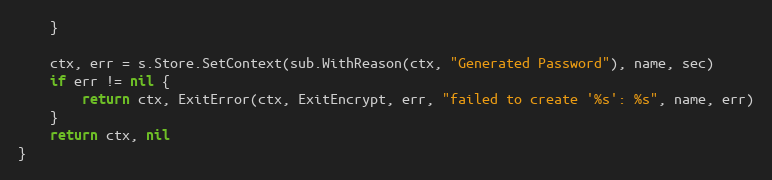
Language: Go
	}

	ctx, err = s.Store.SetContext(sub.WithReason(ctx, "Generated Password"), name, sec)
	if err != nil {
		return ctx, ExitError(ctx, ExitEncrypt, err, "failed to create '%s': %s", name, err)
	}
	return ctx, nil
}